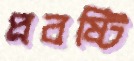
প্রবষ্টি